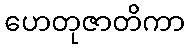
ဟေတုဇာတိကာ